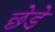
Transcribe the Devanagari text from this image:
छेडे़